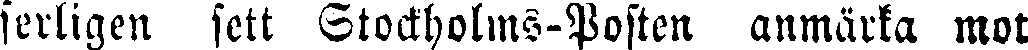
serligen sett Stockholms-Posten anmärka mot